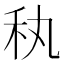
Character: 秇